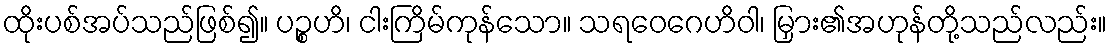
ထိုးပစ်အပ်သည်ဖြစ်၍။ ပဉ္စဟိ၊ ငါးကြိမ်ကုန်သော။ သရဝေဂေဟိဝါ၊ မြှား၏အဟုန်တို့သည်လည်း။